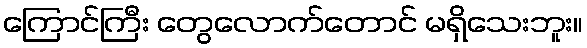
ကြောင်ကြီး တွေလောက်တောင် မရှိသေးဘူး။